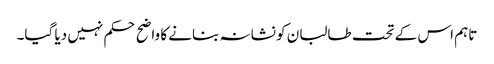
تاہم اس کے تحت طالبان کو نشانہ بنانے کا واضح حکم نہیں دیا گیا۔